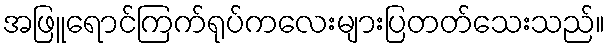
အဖြူရောင်ကြက်ရုပ်ကလေးများပြတတ်သေးသည်။